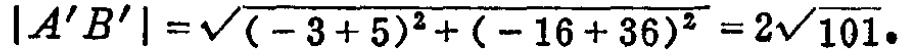
\(|A'B'|=\sqrt{(-3 + 5)^2+(-16 + 36)^2}=2\sqrt{101}\)